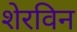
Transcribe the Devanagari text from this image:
शेरविन